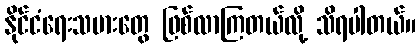
နိုင်ငံရေးသမားတွေ ဖြစ်လာကြတယ်လို့ သိရပါတယ်။